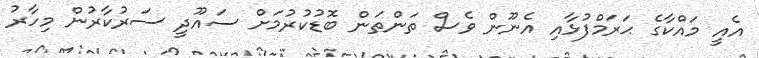
އެއީ މައްކާގެ ޙަރަމްފުޅާއި އެނޫން ވެސް ތަންތަން ބޮޑުކުރުމަށް ސައޫދީ ސަރުކާރުން މިހާރު